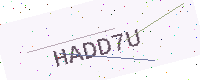
Text: HADD7U